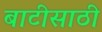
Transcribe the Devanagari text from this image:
बाटीसाठी